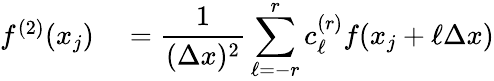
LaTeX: \begin{array}{rl}{f^{(2)}(x_{j})}&{{}=\displaystyle\frac{1}{(\Delta x)^{2}}\sum_{\ell=-r}^{r}c_{\ell}^{(r)}f(x_{j}+\ell\Delta x)}\end{array}